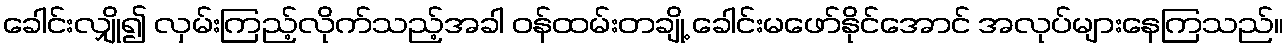
ခေါင်းလျှို၍ လှမ်းကြည့်လိုက်သည့်အခါ ဝန်ထမ်းတချို့ ခေါင်းမဖော်နိုင်အောင် အလုပ်များနေကြသည်။